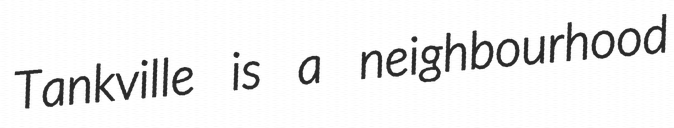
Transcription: Tankville is a neighbourhood